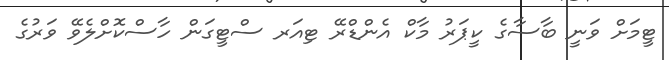
ޓީމަށް ވަނީ ބާސާގެ ކީޕަރު މާކް އެންޑްރޭ ޓިއަރ ސްޓީގަން ހާސްކޮށްލެވޭ ވަރުގެ